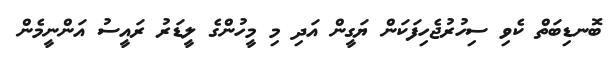
ބޮނޑިބަތް ކެވި ސިހުރުޖެހިފަކަން ޔަގީން އަދި މި މީހުންގެ ލީޑަރު ރައީސު އަންނީމެން